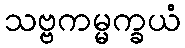
သဗ္ဗကမ္မက္ခယံ